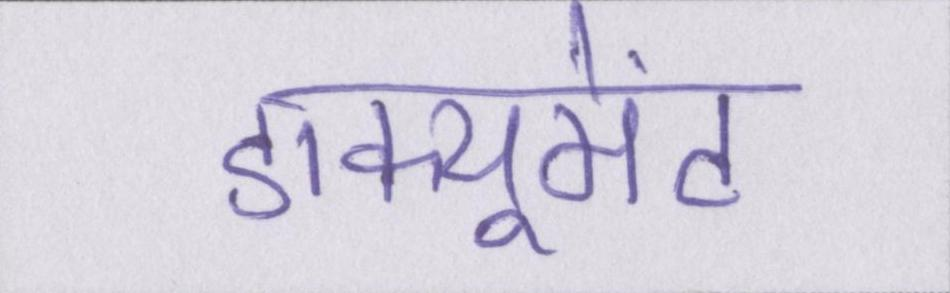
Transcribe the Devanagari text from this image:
डाक्यूमेंट